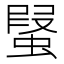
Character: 𧎂